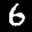
Label: 6